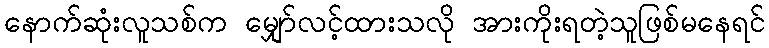
နောက်ဆုံးလူသစ်က မျှော်လင့်ထားသလို အားကိုးရတဲ့သူဖြစ်မနေရင်